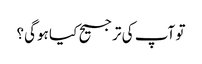
تو آپ کی ترجیح کیا ہوگی؟